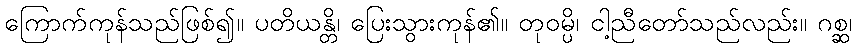
ကြောက်ကုန်သည်ဖြစ်၍။ ပတိယန္တိ၊ ပြေးသွားကုန်၏။ တုဝမ္ပိ၊ ငါ့ညီတော်သည်လည်း။ ဂစ္ဆ၊